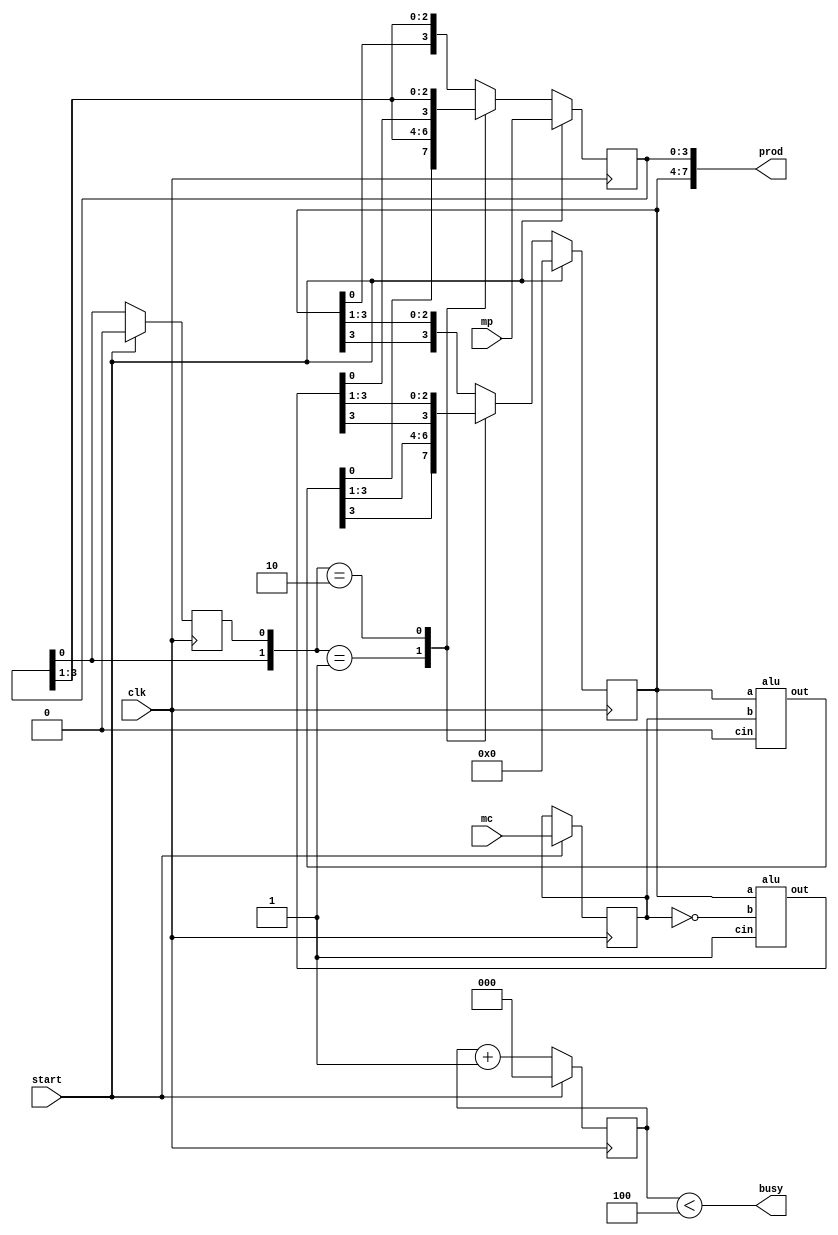
module mult(
	 input clk, start,   
	 input [3:0] mc, mp,  //multiplicand and multiplier
	 output [7:0] prod,   //product
	 output busy          //when busy=1, result is not ready
	 );
	
	reg [3:0] A, Q, M;
	reg Q_1;
	reg [2:0] count;
	wire [3:0] sum, difference;
	
	always @(posedge clk) begin
		if(start) begin   //reset all registers and initilise M and Q on start
			A <= 4'b0;
			M <= mc;
			Q <= mp;
			Q_1 <= 1'b0;
			count <= 3'b0;
		end
		
		else begin  
			case({Q[0], Q_1})  //Booth's Algorithm
				2'b0_1 : {A, Q, Q_1} <= {sum[3], sum, Q};  //arithmetic shift left {A, Q, Q_1}
				2'b1_0 : {A, Q, Q_1} <= {difference[3], difference, Q};
				default: {A, Q, Q_1} <= {A[3], A, Q};
			endcase
			count <= count + 1'b1;
		end	
	end
	
	// Instantiation of alu as adder and subtractor
	alu ADDER (A, M, 1'b0, sum);
	alu SUBTRACTOR (A, ~M, 1'b1, difference);
	
	assign prod = {A, Q};
	assign busy = (count < 4);  //4-bit multiplier completes the opearation on 4th count, make busy low on 4th count
	
endmodule

/* ALU as an adder, but capable of subtraction:
   Subtraction means adding the two's complement,
   a - b = a + (-b) = a + (inverted b + 1)
   The 1 will be coming in as cin (carry-in) */

module alu(
	input [3:0] a, b,
	input cin,
	output [3:0] out
	);
	
	assign out = a + b + cin;
	
endmodule